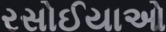
રસોઈયાઓ